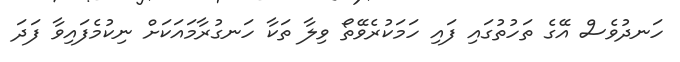
ހަނދުވެސް އޭގެ ތަހުތުގައި ފައި ހަމަކުރެވޭތޯ ވިލާ ތަކާ ހަނގުރާމައަކަށް ނިކުމެފައިވާ ފަދަ